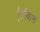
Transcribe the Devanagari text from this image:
फ़्रैकिश